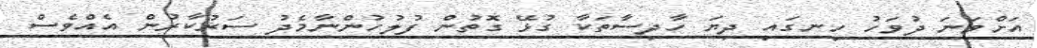
އަށްވަނަ ދުވަހު ހިނގައި ދިޔަ ހާދިސާތަކާ ގުޅޭ ގޮތުން ފުލުހުންނާމެދު ސަރުކާރުން އެއްވެސް